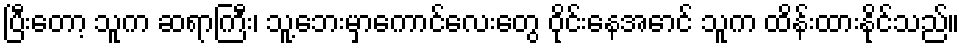
ပြီးတော့ သူက ဆရာကြီး၊ သူ့ဘေးမှာကောင်လေးတွေ ဝိုင်းနေအောင် သူက ထိန်းထားနိုင်သည်။